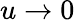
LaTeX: u\to 0